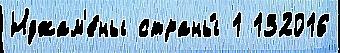
Нджам'е́ны страны́ 1 132016